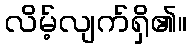
လိမ့်လျက်ရှိ၏။